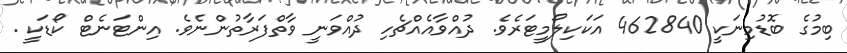
ބިމުގެ ބޮޑުމިނަކީ 462840 އަކަކިލޯމީޓަރެވެ. ދުއްވާއެއްޗެހި ދުއްވަނީ ވާތްފަރާތުންނެވެ. އިންޓަނެޓް ކޯޑަކީ .